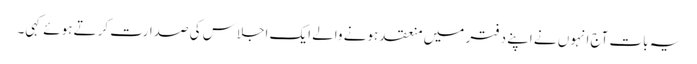
یہ بات آج انہوں نے اپنے دفتر میں منعقد ہونے والے ایک اجلاس کی صدارت کرتے ہوئے کہی۔